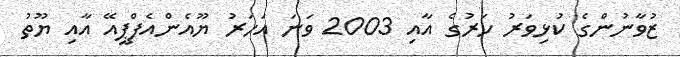
ޒުވާނުންގެ ކުޅިވަރު ހަރުގެ އާއި 2003 ވަނަ އަހަރު ޔޫއެންއެފްޕީއޭ އާއި ޔޫތު